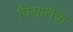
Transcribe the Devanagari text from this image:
पिसारोचा